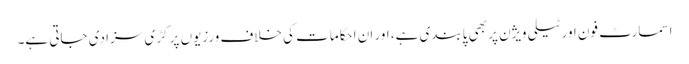
اسمارٹ فون اور ٹیلی ویژن پر بھی پابندی ہے، اور ان احکامات کی خلاف ورزیوں پر کڑی سزا دی جاتی ہے۔